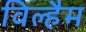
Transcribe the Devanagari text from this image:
विल्हैम